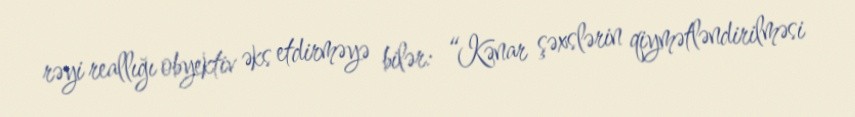
rəyi reallığı obyektiv əks etdirməyə bilər: “Kənar şəxslərin qiymətləndirilməsi